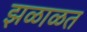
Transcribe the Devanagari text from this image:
झळाळत